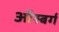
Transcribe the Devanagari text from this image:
ऑस्बर्ग